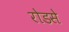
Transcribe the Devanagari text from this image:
रोडसे